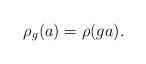
LaTeX: \begin{align*}\rho_g (a)= \rho(ga).\end{align*}